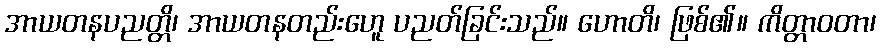
အာယတနပညတ္တိ၊ အာယတနတည်းဟေူ ပညတ်ခြင်းသည်။ ဟောတိ၊ ဖြစ်၏။ ကိတ္တာဝတာ၊